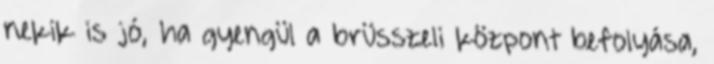
nekik is jó, ha gyengül a brüsszeli központ befolyása,